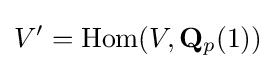
V^{\prime }=\mathrm {Hom} (V,\mathbf {Q} _{p}(1))